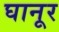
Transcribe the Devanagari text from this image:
घानूर